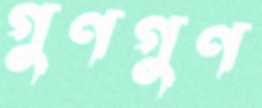
গুণগুণ